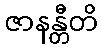
ဇာနန္တီတိ